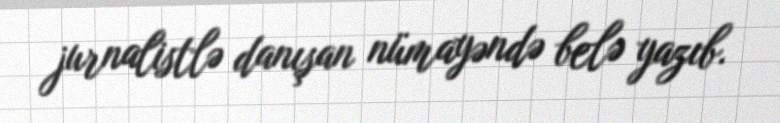
jurnalistlə danışan nümayəndə belə yazıb.